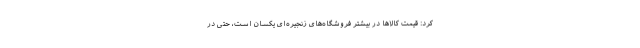
کرد: قیمت کالاها در بیشتر فروشگاه‌های زنجیره­ای یکسان است، حتی در